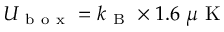
U _ { \mathrm { ~ b ~ o ~ x ~ } } = k _ { \mathrm { ~ B ~ } } \times 1 . 6 ~ \mu \mathrm { ~ K ~ }